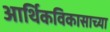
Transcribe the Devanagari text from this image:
आर्थिकविकासाच्या